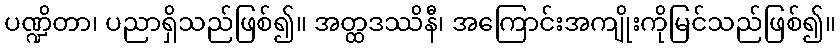
ပဏ္ဍိတာ၊ ပညာရှိသည်ဖြစ်၍။ အတ္ထဒဿိနီ၊ အကြောင်းအကျိုးကိုမြင်သည်ဖြစ်၍။